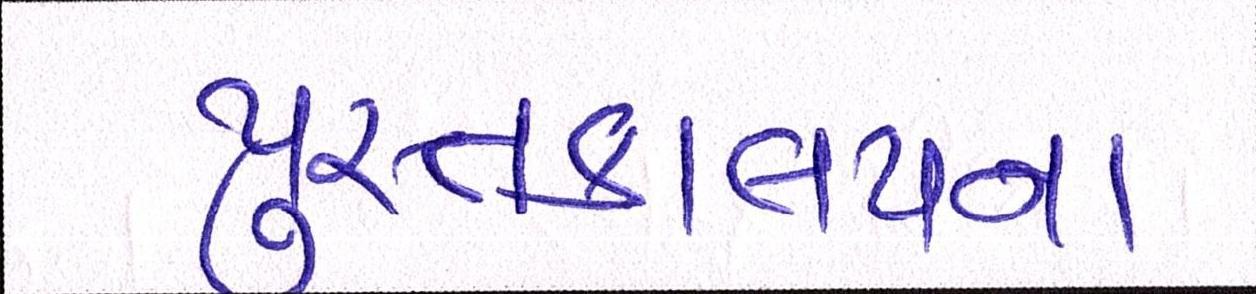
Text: પુસ્તકાલયના